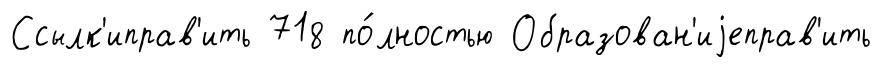
Ссылк'иправ'ить 718 по́лностью Образован'иjеправ'ить